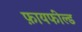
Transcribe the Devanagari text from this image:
फ़ायफील्ड